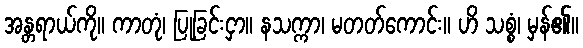
အန္တရာယ်ကို။ ကာတုံ၊ ပြုခြင်းငှာ။ နသက္ကာ၊ မတတ်ကောင်း။ ဟိ သစ္စံ၊ မှန်၏။